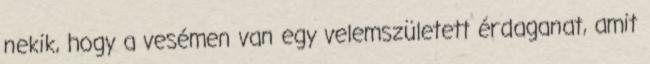
nekik, hogy a vesémen van egy velemszületett érdaganat, amit